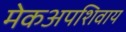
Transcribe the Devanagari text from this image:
मेकअपशिवाय